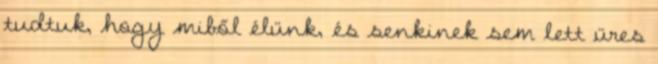
tudtuk, hogy miből élünk, és senkinek sem lett üres